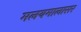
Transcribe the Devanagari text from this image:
मलयमालासर